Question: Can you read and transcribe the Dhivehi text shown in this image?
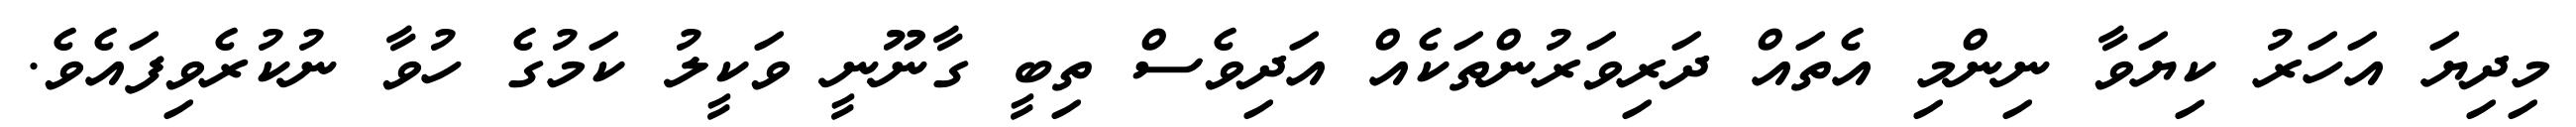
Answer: މިދިޔަ އަހަރު ކިޔަވާ ނިންމި އެތައް ދަރިވަރުންތަކެއް އަދިވެސް ތިބީ ގާނޫނީ ވަކީލު ކަމުގެ ހުވާ ނުކުރެވިފައެވެ.